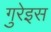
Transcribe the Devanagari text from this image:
गुरेइस